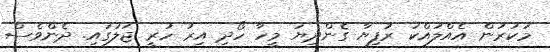
މަކަރުން އެއްލައްކަ ރުފިޔާ ގެންދިޔަ މީހާ ހޯދި އިރު ހުރީ ޖަލުގައި. ދެންވެސް